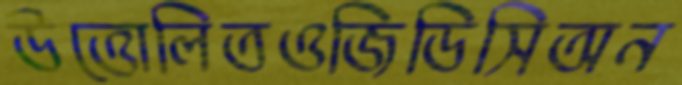
উত্তোলিতওজিডিসিঅন